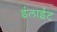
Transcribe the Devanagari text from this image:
ईलाईट